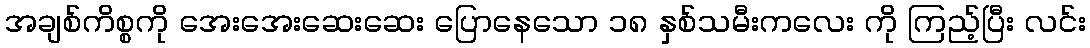
အချစ်ကိစ္စကို အေးအေးဆေးဆေး ပြောနေသော ၁၈ နှစ်သမီးကလေး ကို ကြည့်ပြီး လင်း